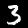
Label: 3